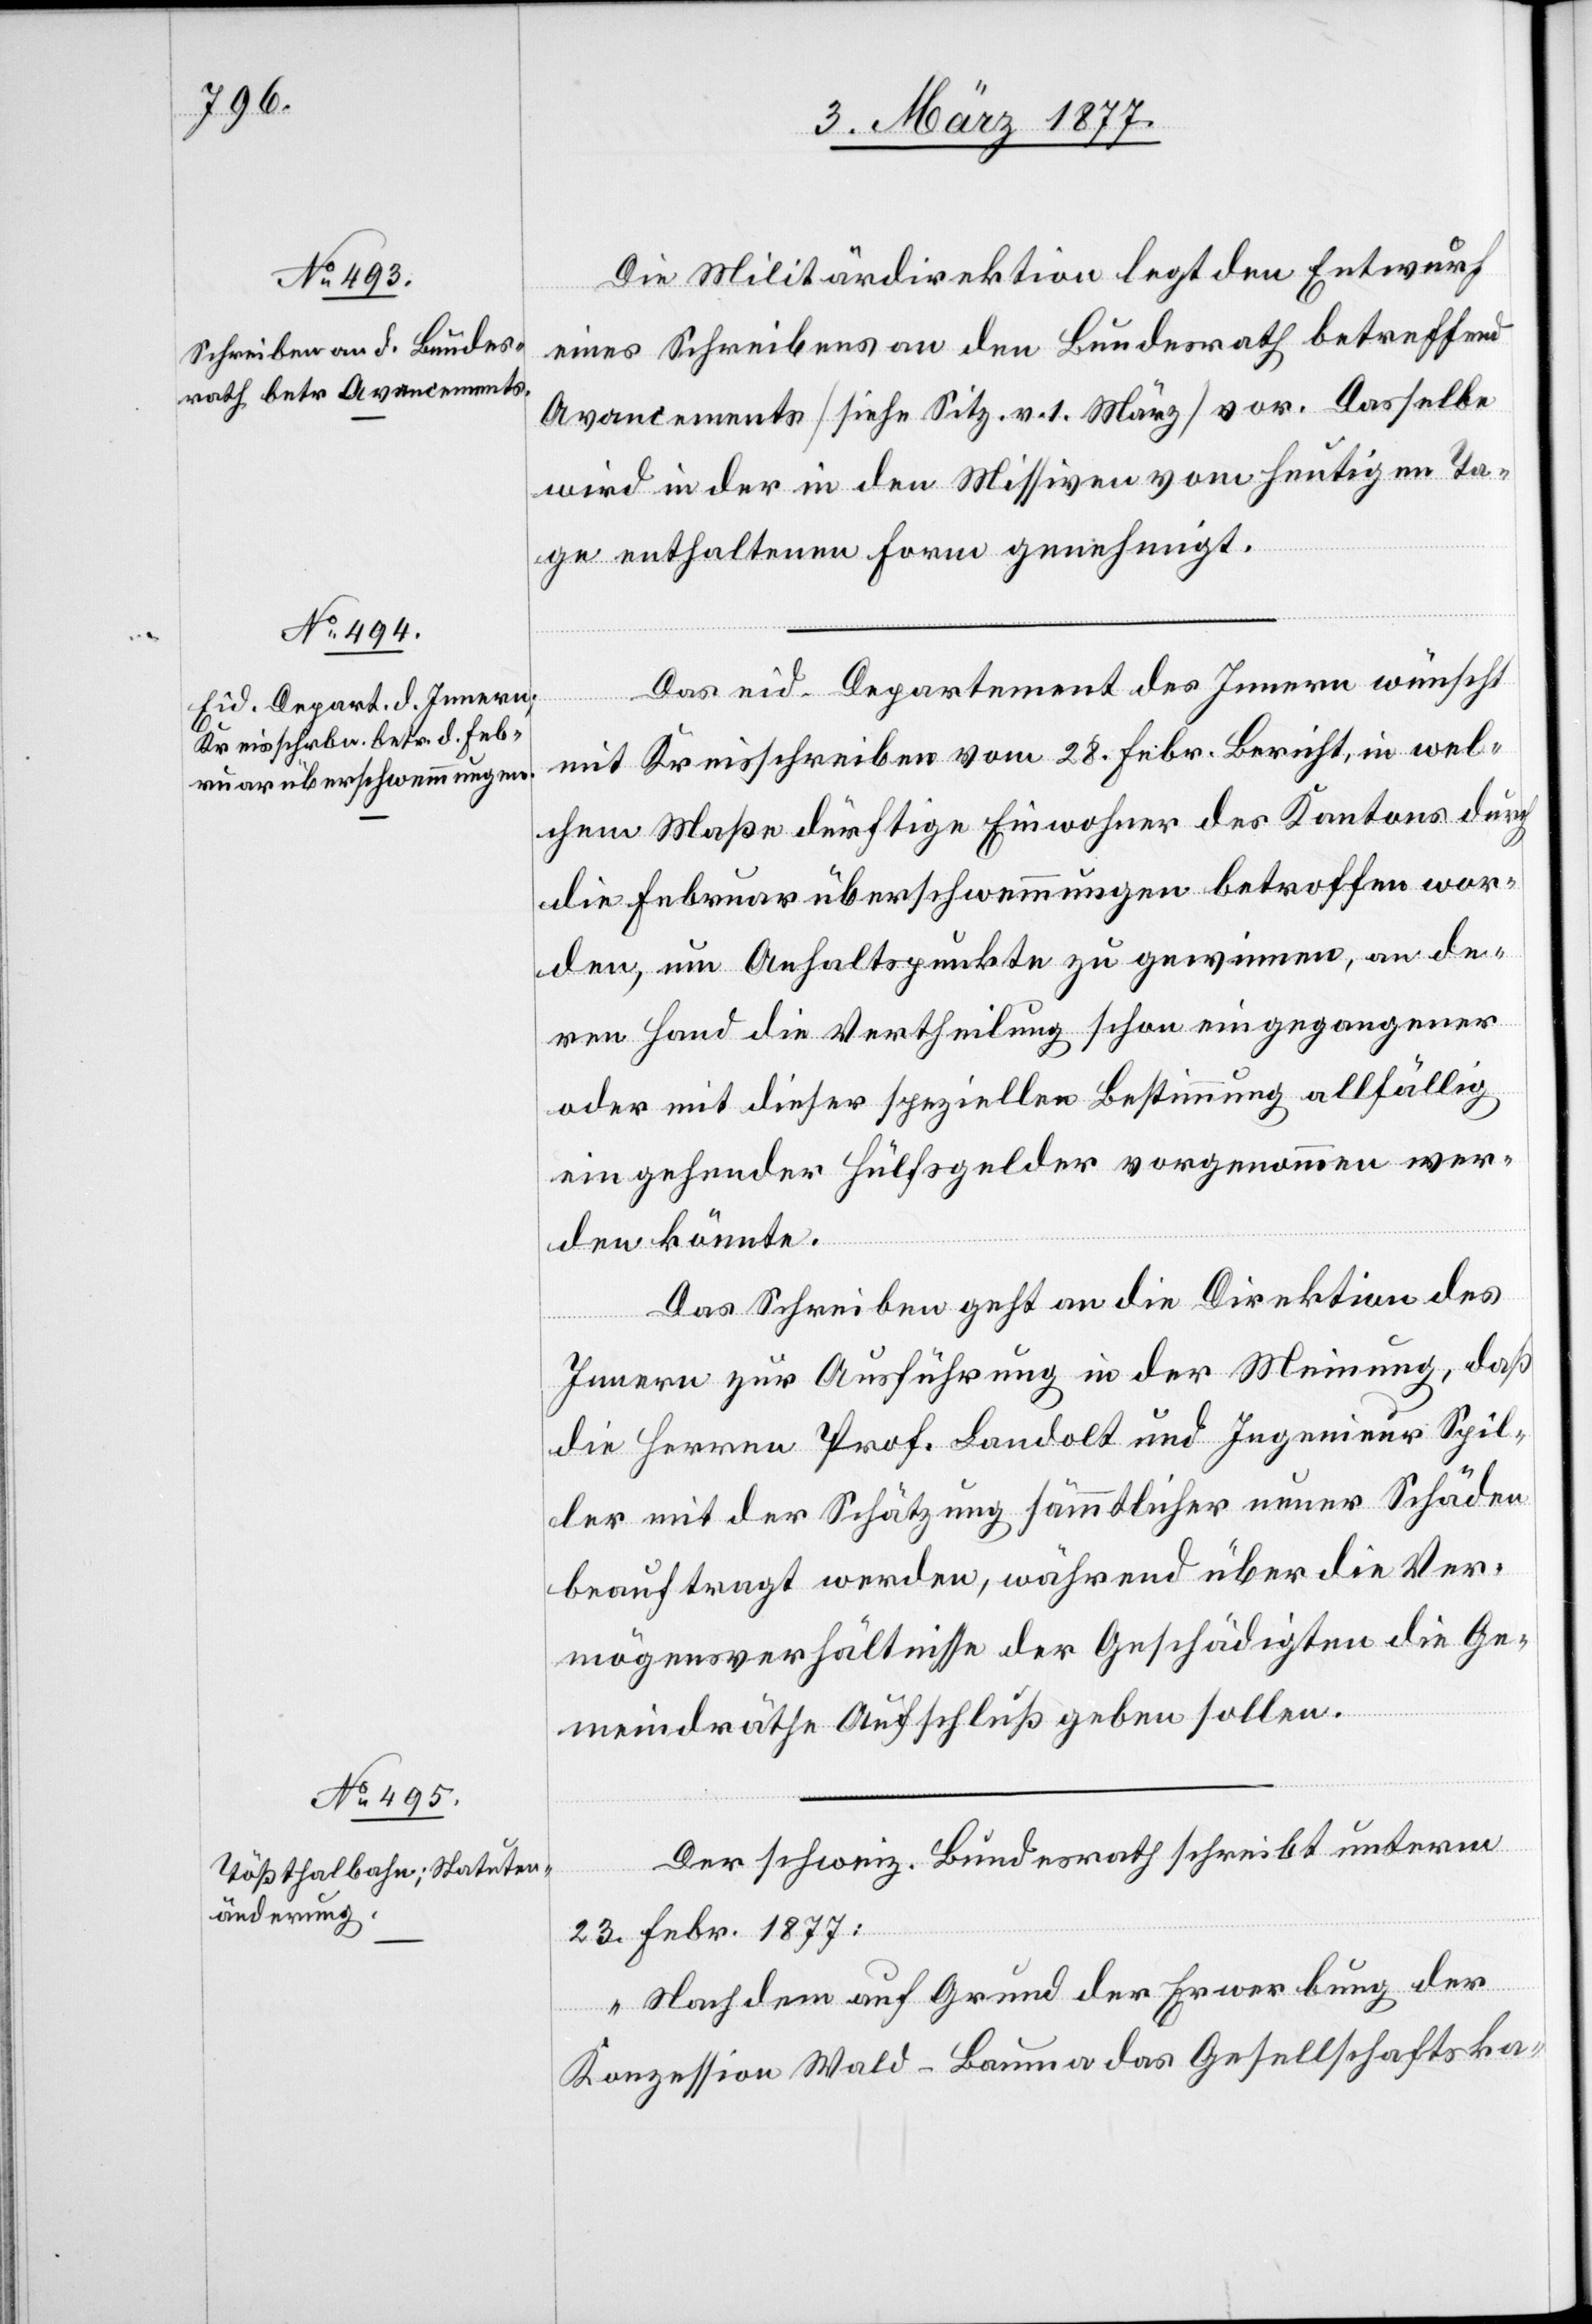
Die Militärdirektion legt den Entwurf
eines Schreibens an den Bundesrath betreffend
Avancements [siehe Sitz. v. 1. März] vor. Dasselbe
wird in der in den Missiven vom heutigen Ta¬
ge enthaltenen Form genehmigt.
Das eid. Departement des Innern wünscht
mit Kreisschreiben vom 28. Febr. Bericht, in wel¬
chem Maße dürftige Einwohner des Kantons durch
die Februarüberschwemmungen betroffen wor¬
den, um Anhaltspunkte zu gewinnen, an de¬
ren Hand die Vertheilung schon eingegangener
oder mit dieser speziellen Bestimmung allfällig
eingehender Hülfsgelder vorgenommen wer¬
den könnte.
Das Schreiben geht an die Direktion des
Innern zur Ausführung in der Meinung, daß
die Herren Prof. Landolt und Ingenieur Spil¬
ler mit der Schätzung sämmtlicher neuer Schäden
beauftragt werden, während über die Ver¬
mögensverhältnisse der Geschädigten die Ge¬
meindräthe Aufschluß geben sollen.
Der schweiz. Bundesrath schreibt unterm
23. Febr. 1877:
„Nachdem auf Grund der Erwerbung der
Konzession Wald–Bauma das Gesellschaftska-